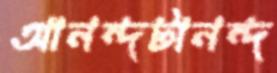
আনন্দটানন্দ